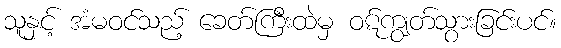
သူနှင့် အံမဝင်သည့် ခေတ်ကြီးထဲမှ ဝဋ်ကျွတ်သွားခြင်းပင်။